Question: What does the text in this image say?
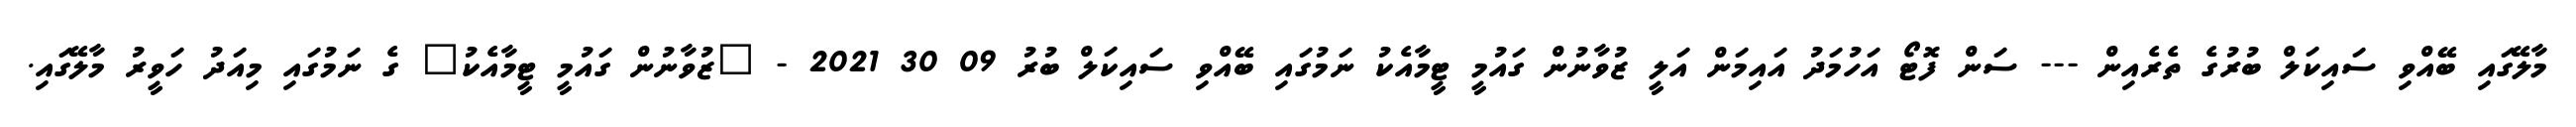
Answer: މާލޭގައި ބޭއްވި ސައިކަލް ބުރުގެ ތެރެއިން --- ސަން ފޮޓޯ އަހުމަދު އައިމަން އަލީ ޒުވާނުން ގައުމީ ޓީމާއެކު ނަމުގައި ބޭއްވި ސައިކަލް ބުރު 09 30 2021 - "ޒުވާނުން ގައުމީ ޓީމާއެކު" ގެ ނަމުގައި މިއަދު ހަވީރު މާލޭގައި.